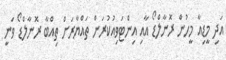
އަދި މީޑިއާ މީހުން ރޮނާލްޑޯ އާއި އިންޓަވިއުކުރަން ތައްޔާރަށް ތިއްބާ ރޮނާލްޑޯ ވަނީ